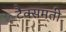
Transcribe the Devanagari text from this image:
टैक्समती